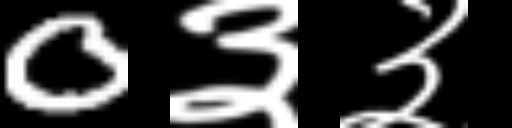
Text: 0३३